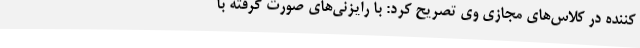
‌کننده در کلاس‌های مجازی وی تصریح کرد: با رایزنی‌های صورت گرفته با